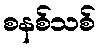
စနစ်သစ်